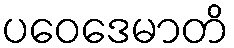
ပဝေဒေမာတိ